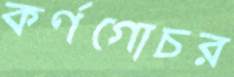
কর্ণগোচর